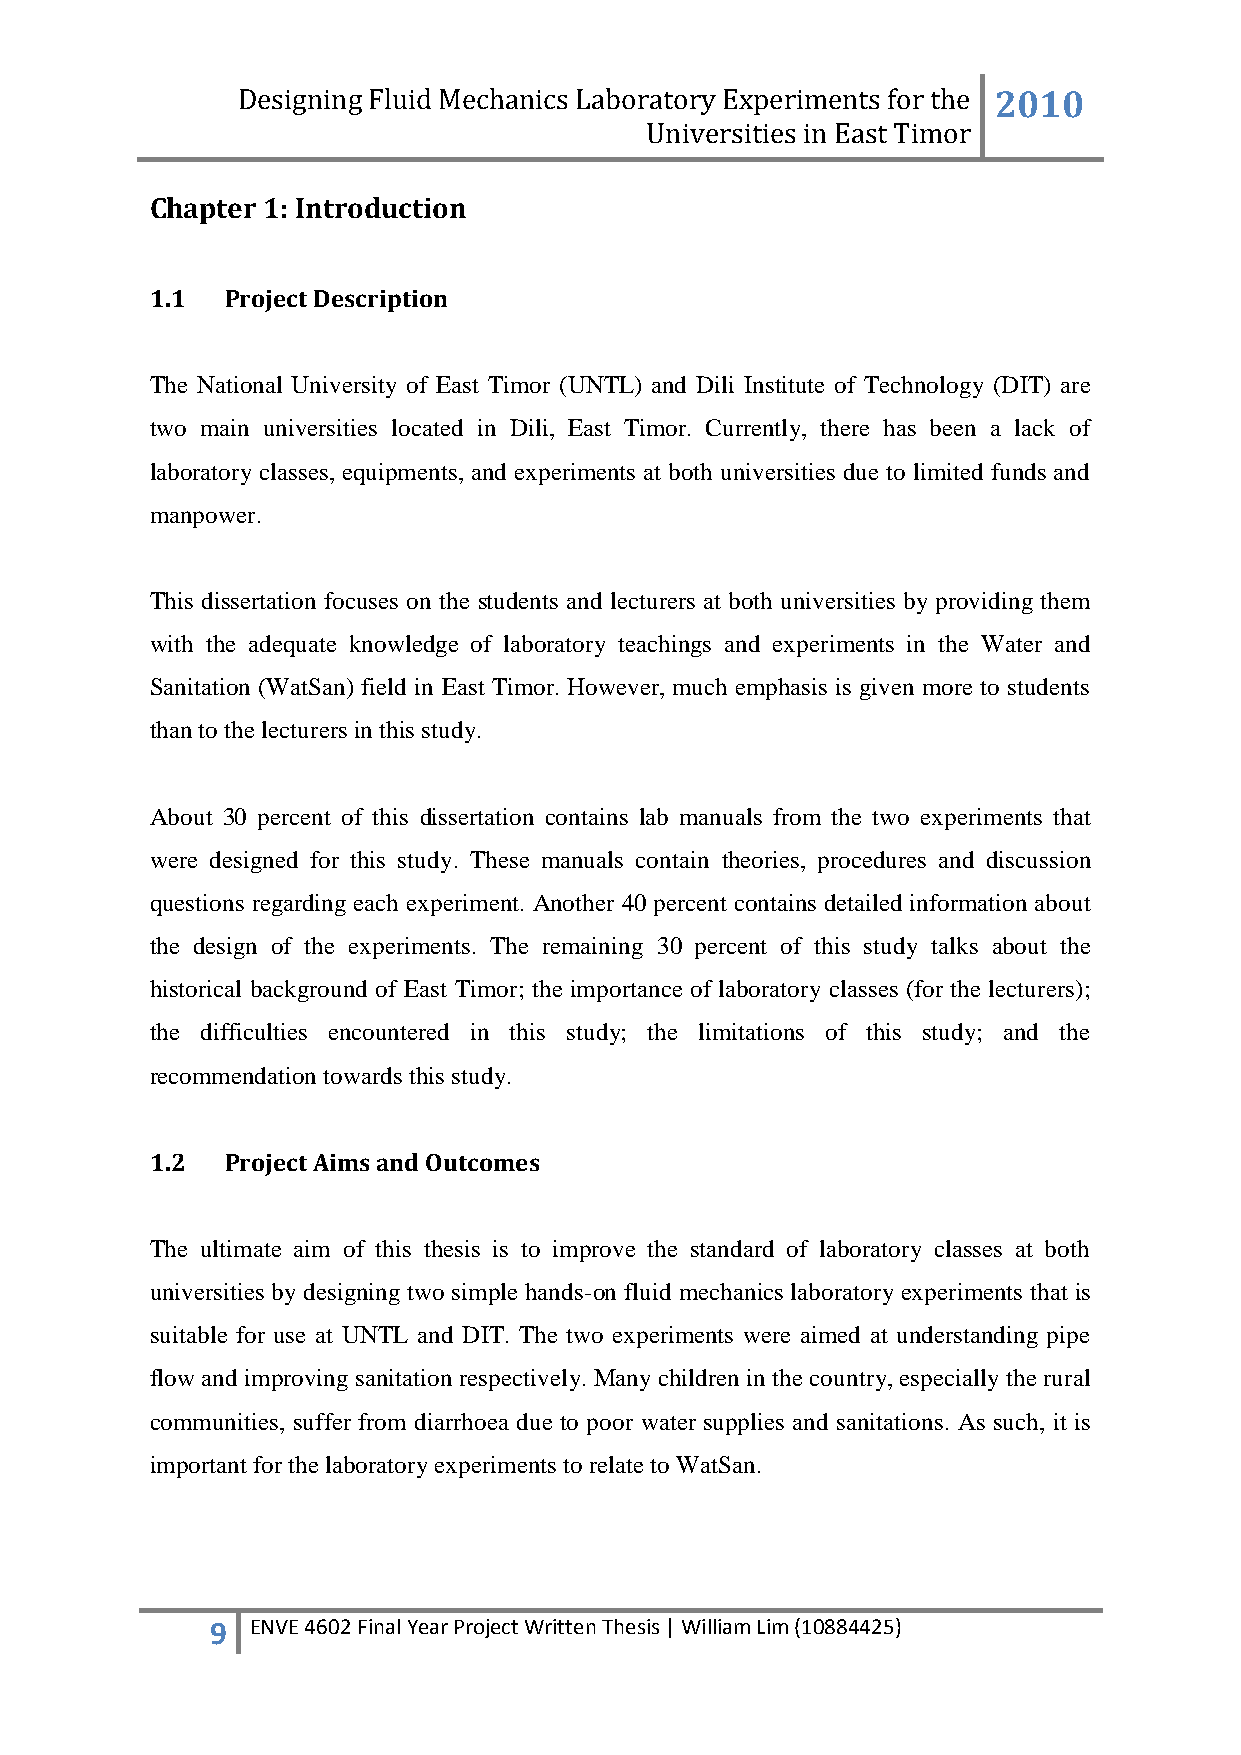
Designing Fluid Mechanics Laboratory Experiments for the 2010
 Universities in East Timor
 Chapter 1: Introduction
 1.1  Project Description
 The National University of East Timor (UNTL) and Dili Institute of Technology (DIT) are
 two main universities located in Dili, East Timor. Currently, there has been a lack of
 laboratory classes, equipments, and experiments at both universities due to limited funds and
 manpower.
 This dissertation focuses on the students and lecturers at both universities by providing them
 with the adequate knowledge of laboratory teachings and experiments in the Water and
 Sanitation (WatSan) field in East Timor. However, much emphasis is given more to students
 than to the lecturers in this study.
 About 30 percent of this dissertation contains lab manuals from the two experiments that
 were designed for this study. These manuals contain theories, procedures and discussion
 questions regarding each experiment. Another 40 percent contains detailed information about
 the design of the experiments. The remaining 30 percent of this study talks about the
 historical background of East Timor; the importance of laboratory classes (for the lecturers);
 the difficulties encountered in this study; the limitations of this study; and the
 recommendation towards this study.
 1.2  Project Aims and Outcomes
 The ultimate aim of this thesis is to improve the standard of laboratory classes at both
 universities by designing two simple hands-on fluid mechanics laboratory experiments that is
 suitable for use at UNTL and DIT. The two experiments were aimed at understanding pipe
 flow and improving sanitation respectively. Many children in the country, especially the rural
 communities, suffer from diarrhoea due to poor water supplies and sanitations. As such, it is
 important for the laboratory experiments to relate to WatSan.
 9  ENVE 4602 Final Year Project Written Thesis | William Lim (10884425)